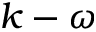
k - \omega